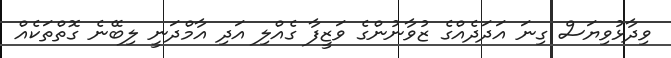
ވިދާޅުވިޔަސް ގިނަ އަދަދެއްގެ ޒުވާނުންގެ ވަޒީފާ ގެއްލި އަދި އާމްދަނީ ލިބޭނެ ގޮތްތަކެއް